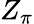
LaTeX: Z_{\pi}